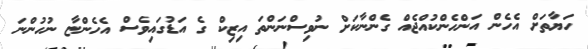
ހަޔާތަށް އެހެން އަންހެންކުއްޖެއް ގެންނާކަށް ނުވިސްނަންތަ އިޒިކް ގެ އަޑުގައިވެސް އެހެންޏާ ނުހުންނަ